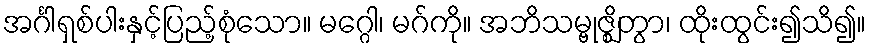
အင်္ဂါရှစ်ပါးနှင့်ပြည့်စုံသော။ မဂ္ဂေါ၊ မဂ်ကို။ အဘိသမ္ဗုဇ္ဈိတွာ၊ ထိုးထွင်း၍သိ၍။